Civil Veterinary Dept. Assam report 1911-1927 - 1911-1927
Year: 1911
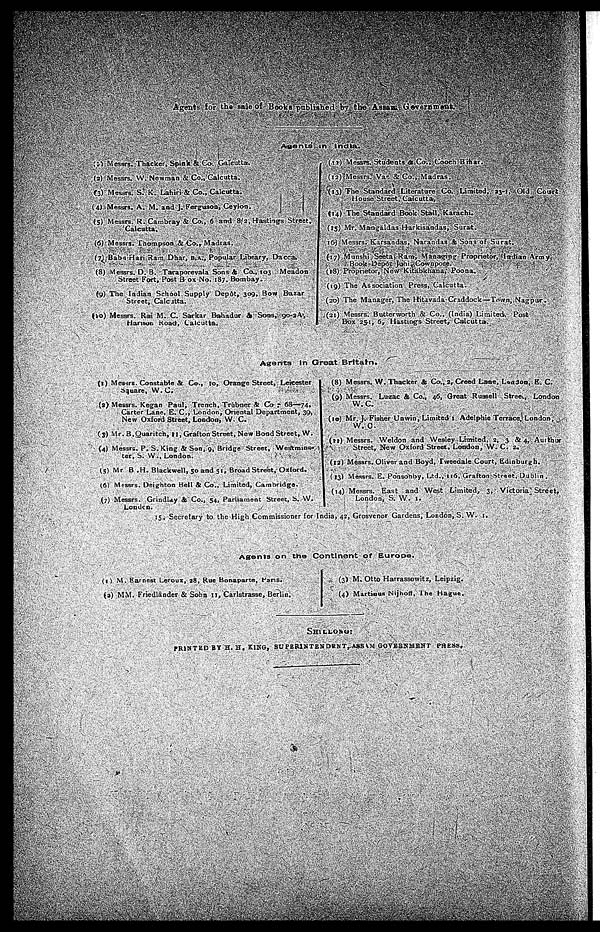
Agents for the sale of Books published by the Assam Government.
Agents in
India.
(1) Messrs. Thacker, Spink & Co. Calcutta.
(2) Messrs. W. Newman & Co., Calcutta.
(3) Messrs. S. K. Lahiri & Co., Calcutta.
(4) Messrs. A. M. and J. Ferguson, Ceylon.
(5) Messrs. R. Cambray & Co., 6 and 8/2, Hastings Street,
Calcutta,
(6) Messrs. Thompson & Co., Madras.
(7) Babu Hari Ram Dhar, B.A., Popular Library, Dacca.
(8) Messrs. D. B. Taraporevala Sons & Co., 103 Meadon
Street Fort, Post Box No. 187. Bombay.
(9) The Indian School Supply Depôt, 309, Bow Bazar
Street, Calcutta.
(10) Messrs. Rai M. C. Sarkar Bahadur St Sons, 90-2A,
Hanson Road, Calcutta.
(11) Messrs. Students & Co., Cooch Bihar.
(12) Messrs. Vas & Co., Madras.
(13) The Standard Literature Co. Limited, 23-1, Old Court
House Street, Calcutta,
(14) The Standard Book Stall, Karachi.
(15) Mr. Mangaldas Harkisandas, Surat.
(16) Messrs. Karsandas, Narandas & Sons of Surat.
(17) Munshi Seeta Ram, Managing Proprietor, Indian Army
Book-Depot juhi Cownpoee.
(18) Proprietor, New Kitabkhana, Poona.
(19) The Association Press, Calcutta.
(20) The Manager, The Hitavada Craddock—Town, Nagpur.
(21) Messrs. Butterworth & Co., (India) Limited, Post
Box 251, 6, Hastings Street, Calcutta.
Agents In Great Brttarn.
(1) Messrs. Constable & Co., 10, Orange Street, Leicester
square, W. C.
(2) Messrs. Kegan Paul, Trench, Trubner 4 Co., 68—74,
Carter Lane, E. C, London, Oriental Department, 39,
New Oxford Street, London, W. C.
(3) Mr. B. Quaritch, 11, Grafton Street, New Bond Street, W.
(4) Messrs. P. S. King & Son, 9, Bridge Street, Westmins-
ter, S. W., London.
(5) Mr B. H. Blackwell, 50 and 51, Broad Street, Oxford.
(6) Messrs. Deighton Bell & Co., Limited, Cambridge.
(7) Messrs. Grindlay & Co., 54, Parliament Street, S. W.
Louden.
(8) Messrs. W. Thacker & Co., 2, Creed Lane, London, E. C.
(9) Messrs. Luzac & Co., 46, Great Russell Street, London
W. C.
(10) Mr. J. Fisher Unwin, Limited 1 Adelphio Terrace. London,
W. C.
(11) Messrs. Weldon and Wesley Limited, 2, 3 & 4, Aurthur
Street, New Oxford Street, London, W. C. 2.
(12) Messrs. Oliver and Boyd, Tweedale Court, Edinburgh.
(13) Messrs. E. Ponsonby, Ltd., 116, Grafton Street. Dublin.
(14) Messrs. East and West Limited, 3, Victoria Street,
London, S. W. 1.
15. Secretary to the High Commissioner for India, 42, Grosvenor Gardens, London, S. W. 1.
Agents on the Continent of Europe.
(1) M. Earnest Lerous, 28, Rue Bonaparte, Pans.
(2) MM. Friedlānder & Sohn 11, Carlstrasse, Berlin.
(3) M. Otto Harrassowitz, Leipzig.
(4) Martious Nijhoff, The Hague.
SHILLONG:
PRINTED BY H. H. KING, SUPERlNTENDENT, ASSAM GOVERNMENT PRESS.